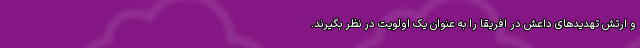
و ارتش تهدیدهای داعش در افریقا را به عنوان یک اولویت در نظر بگیرند.